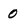
Character: 0